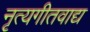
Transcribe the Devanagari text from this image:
नृत्यगीतवाद्य